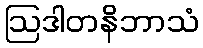
ဩဒါတနိဘာသံ